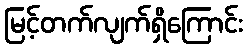
မြင့်တက်လျက်ရှိကြောင်း